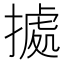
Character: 㨿